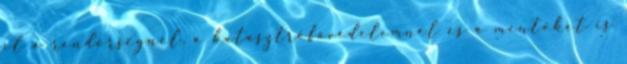
el a rendőrségnél, a katasztrófavédelemnél és a mentőket is